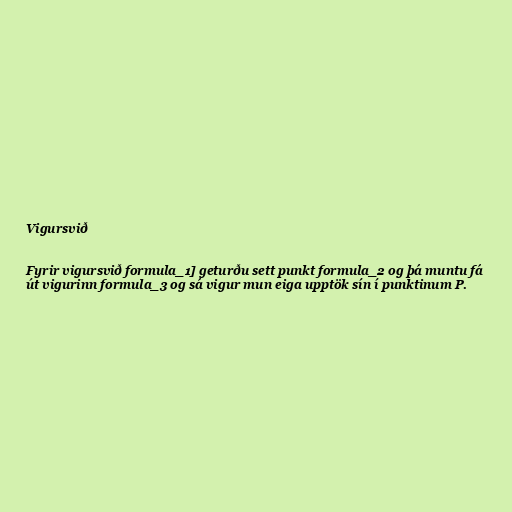
Vigursvið

Fyrir vigursvið formula_1] geturðu sett punkt formula_2 og þá muntu fá
út vigurinn formula_3 og sá vigur mun eiga upptök sín í punktinum P.